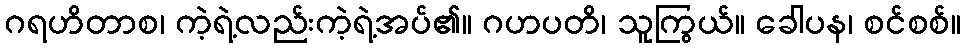
ဂရဟိတာစ၊ ကဲ့ရဲ့လည်းကဲ့ရဲ့အပ်၏။ ဂဟပတိ၊ သူကြွယ်။ ခေါပန၊ စင်စစ်။